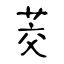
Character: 茭